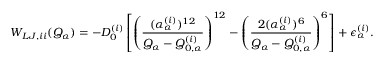
W _ { L J , i i } ( Q _ { \alpha } ) = - D _ { 0 } ^ { ( i ) } \left[ \left( \frac { ( \alpha _ { \alpha } ^ { ( i ) } ) ^ { 1 2 } } { Q _ { \alpha } - Q _ { 0 , \alpha } ^ { ( i ) } } \right) ^ { 1 2 } - \left( \frac { 2 ( \alpha _ { \alpha } ^ { ( i ) } ) ^ { 6 } } { Q _ { \alpha } - Q _ { 0 , \alpha } ^ { ( i ) } } \right) ^ { 6 } \right] + \epsilon _ { \alpha } ^ { ( i ) } .